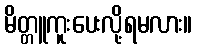
မိတ္တူကူးပေးလို့ရမလား။